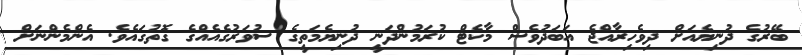
ބޭރުގެ ދުނިޔެއަށް ދިވެހިރާއްޖެ އަބަދުވެސް މާކެޓް ކުރަމުންދަނީ ދުނިޔެމަތީގެ ސުވަރުގެއެއްގެ ގޮތުގައެވެ. އެންމެންނަށް